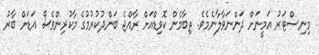
މިނިސްޓަރު އަމީނަށް ދަންނަވާލާނެމެވެ. ތިބާމެން ކޮވިޑްއަށް ރާއްޖެ ބަންދުކުރުމުގެ މާކުރިންވެސް އަޑަށް ބާރު